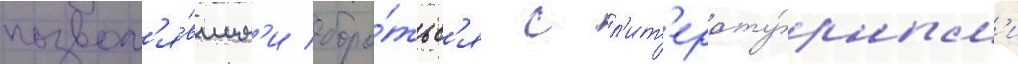
позвол'я́вшим'и боро́тьс'я с л'ит'ерату́рным'и